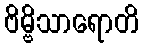
ဗိမ္ဗိသာရောတိ